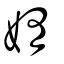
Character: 媠